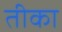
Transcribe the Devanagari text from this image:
तीका